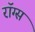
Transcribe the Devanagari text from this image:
रॉग्स